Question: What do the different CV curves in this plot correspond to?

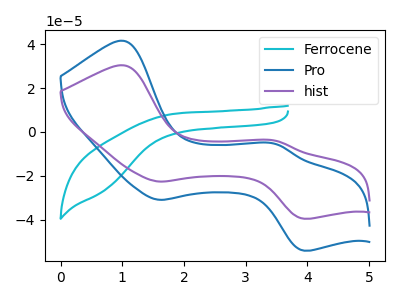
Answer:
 <answer>The cyan curve is labeled "Ferrocene". The blue curve is labeled "Pro". The purple curve is labeled "hist".</answer>
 <eval></eval>